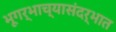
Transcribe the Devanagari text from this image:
भूगर्भाच्यासंदर्भात